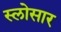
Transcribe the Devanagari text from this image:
स्लोसार